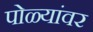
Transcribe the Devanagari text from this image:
पोळ्यांवर